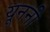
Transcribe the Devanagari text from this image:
यूननी